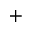
+